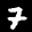
Label: 7